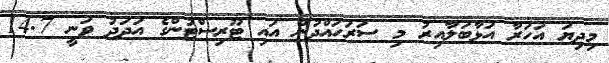
މިދިޔަ އަހަރާ އަޅާބަލާއިރު މި ސަރަހައްދުން އައި ޓޫރިސްޓުންގެ އަދަދު ވަނީ 14.7